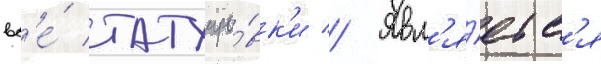
вс'е́ татуиро́вк'и // Явл'я́етс'я